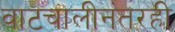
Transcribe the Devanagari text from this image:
वाटचालीनंतरही